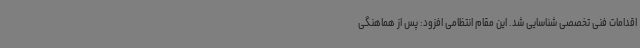
اقدامات فنی تخصصی شناسایی شد. این مقام انتظامی افزود: پس از هماهنگی